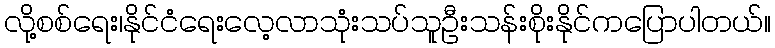
လို့စစ်ရေး၊နိုင်ငံရေးလေ့လာသုံးသပ်သူဦးသန်းစိုးနိုင်ကပြောပါတယ်။